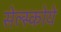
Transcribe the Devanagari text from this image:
सेल्स्कोये